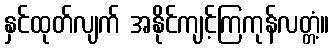
နှင်ထုတ်လျက် အနိုင်ကျင့်ကြကုန်လတ္တံ့။